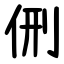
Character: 侀